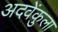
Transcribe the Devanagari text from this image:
अदवेंकुला